Civil Veterinary Department Bihar reports 1940-50 - 1940-1950
Year: 1940
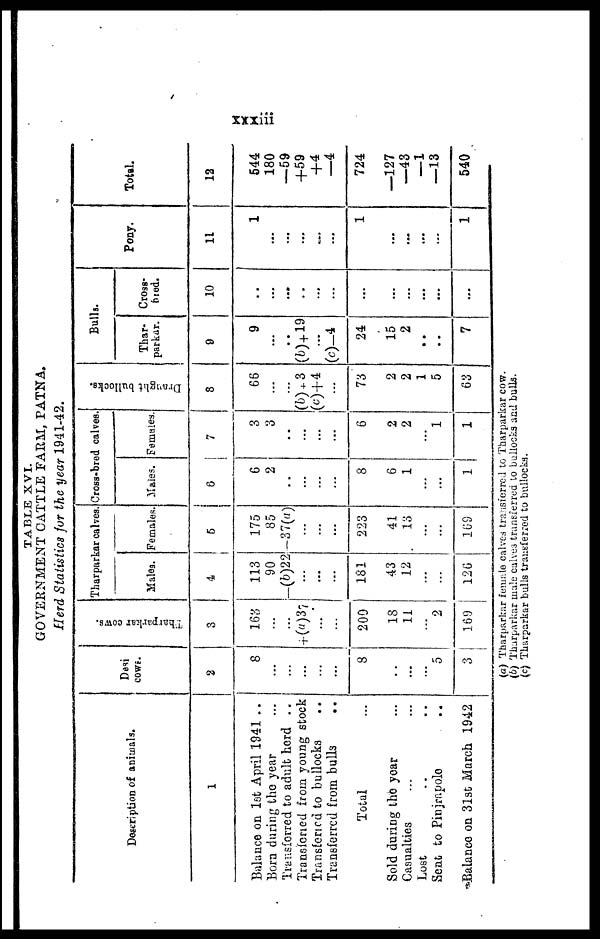
xxxiii
TABLE XVI.
GOVERNMENT CATTLE FARM, PATNA.
Herd Statistics for the year 1941-42.
Description of animals.
1
Balance on 1st April 1941 ..
Born during the year ...
Transferred to adult herd ..
Transferred from young stock ...
Transferred to bullocks ...
Transferred from bulls ...
Total ...
Sold during the year ...
Casualties ... ...
Lost .. ..
Sent to Pinjrapole ..
Balance on 31st March 1942
Desi
cows.
2
8
...
...
...
...
8
..
...
...
5
3
Tharparkar cows.
3
168
...
...
+ (a) 37
...
...
200
18
11
2
169
Tharparkar calves.
Males.
4
113
90
(b)22
...
...
...
181
43
12
...
...
126
Females.
5
175
85
37(a)
...
...
...
223
41
13
...
...
169
Cross-bred calves.
Males.
6
6
2
..
...
...
...
8
6
1
...
...
1
Females.
7
3
3
..
...
...
...
6
2
2
...
1
1
Draught bullocks.
8
66
...
...
(b) + 3
(c)+4
...
73
2
2
1
5
63
Bulla.
Thar-
parkar.
9
9
...
..
(b) + 19
...
(c) — 4
24
15
2
..
..
7
Cross-
bred.
10
...
...
...
...
...
...
...
...
...
...
...
...
Pony.
11
1
...
...
...
...
...
1
...
...
...
...
1
Total.
12
644
180
—59
+59
+4
—4
724
—127
—43
—1
—13
540
(a) Tharparkar female calves transferred to Tharparkar cow.
(b) Tharparkar male calves transferred to bullocks and bulls.
(c) Tharparkar bulls transferred to bullocks.